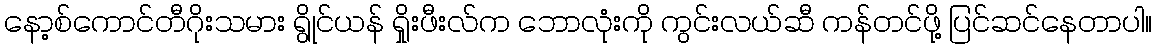
နော့စ်ကောင်တီဂိုးသမား ရွိုင်ယန် ရှိုးဖီးလ်က ဘောလုံးကို ကွင်းလယ်ဆီ ကန်တင်ဖို့ ပြင်ဆင်နေတာပါ။